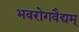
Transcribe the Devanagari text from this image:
भवरोगवैद्यम्